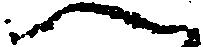
へ